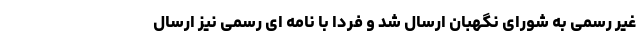
غیر رسمی به شورای نگهبان ارسال شد و فردا با نامه ای رسمی نیز ارسال